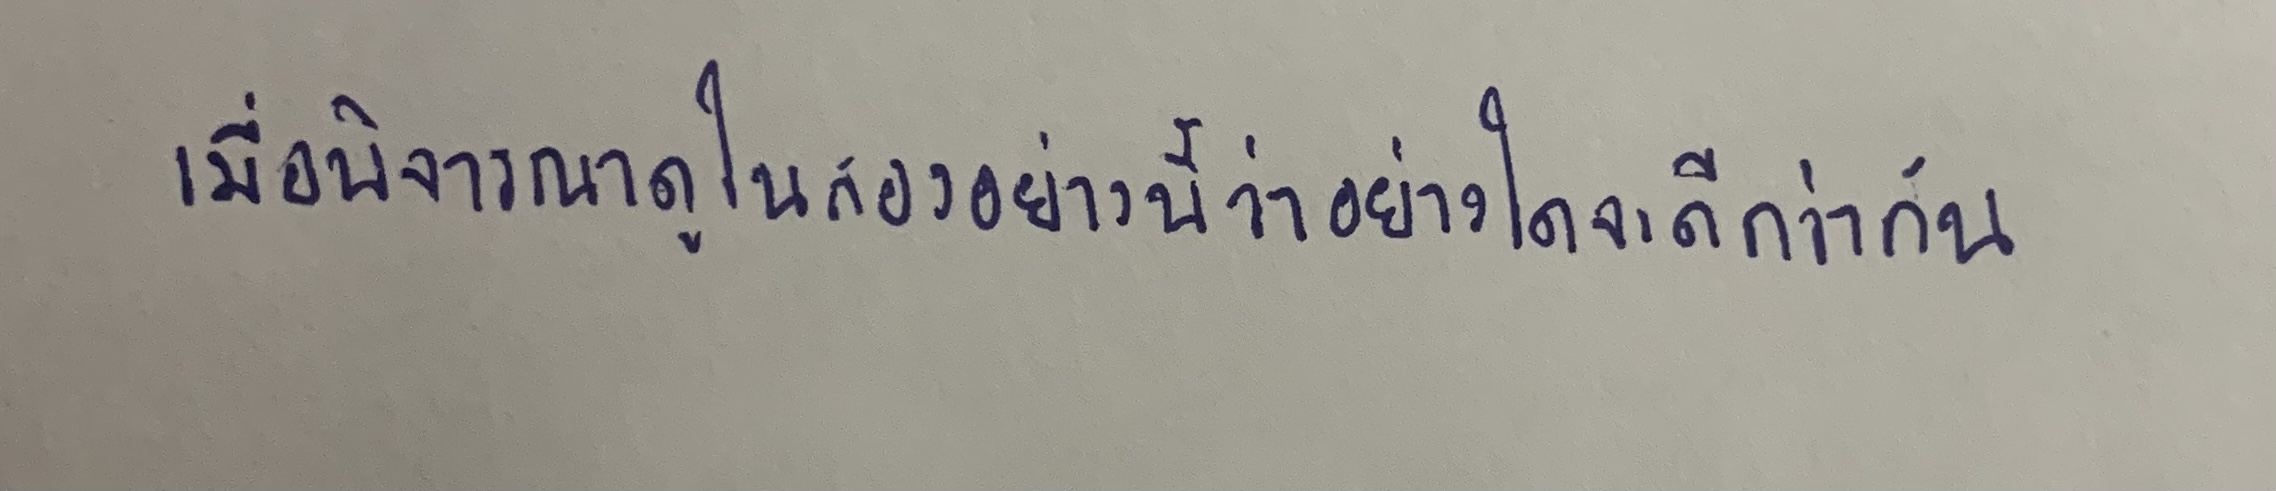
เมื่อพิจารณาดูในสองอย่างนี้ว่าอย่างใดจะดีกว่ากัน